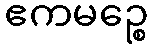
ဧကမဉ္စေ